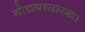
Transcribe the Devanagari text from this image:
गोळ्यासारखा